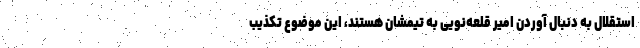
استقلال به دنبال آوردن امیر قلعه‌نویی به تیمشان هستند، این موضوع تکذیب